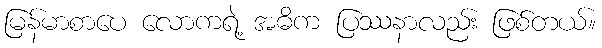
မြန်မာစာပေ လောကရဲ့ အဓိက ပြဿနာလည်း ဖြစ်တယ်။